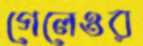
গেলেওর